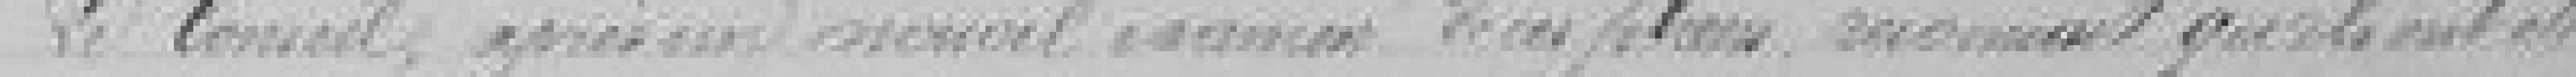
Le Conseil, après un nouvel examen des plans, savait qu'ils ont été